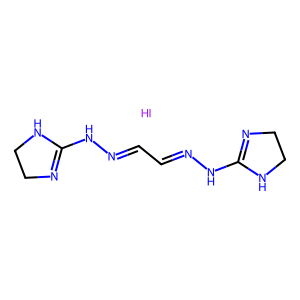
SMILES: C(C=NNC1=NCCN1)=NNC1=NCCN1.I
Inhibits HIV replication: No